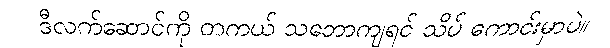
ဒီလက်ဆောင်ကို တကယ် သဘောကျရင် သိပ် ကောင်းမှာပဲ။